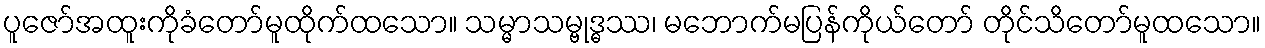
ပူဇော်အထူးကိုခံတော်မူထိုက်ထသော။ သမ္မာသမ္ဗုဒ္ဓဿ၊ မဘောက်မပြန်ကိုယ်တော် တိုင်သိတော်မူထသော။